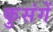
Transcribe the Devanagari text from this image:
कुसंगें